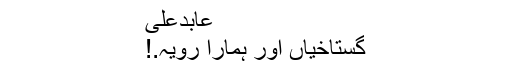
عابدعلی
گستاخیاں اور ہمارا رویہ.!